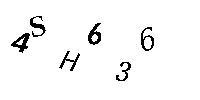
4SH636